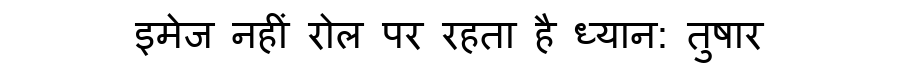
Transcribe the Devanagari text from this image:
इमेज नहीं रोल पर रहता है ध्यान: तुषार